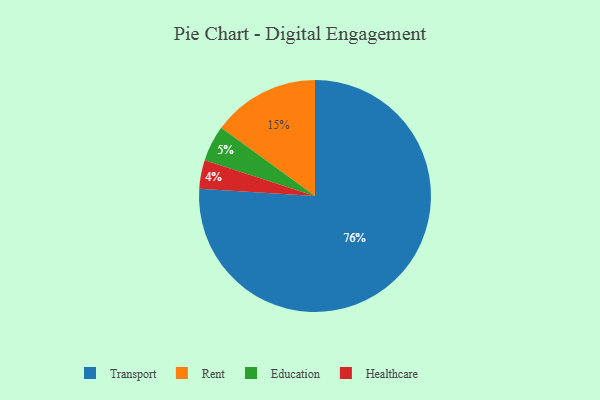
{"axis": {"x": "Category", "y": "Percentage"}, "legend": ["Education", "Healthcare", "Rent", "Transport"], "data": [{"x": "Rent", "y": 15, "type": "Rent"}, {"x": "Education", "y": 5, "type": "Education"}, {"x": "Transport", "y": 76, "type": "Transport"}, {"x": "Healthcare", "y": 4, "type": "Healthcare"}]}